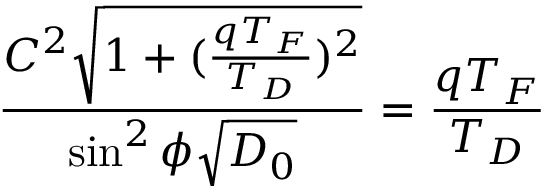
\frac { C ^ { 2 } \sqrt { 1 + ( \frac { q T _ { F } } { T _ { D } } ) ^ { 2 } } } { \sin ^ { 2 } \phi \sqrt { D _ { 0 } } } = \frac { q T _ { F } } { T _ { D } }